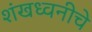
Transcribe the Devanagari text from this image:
शंखध्वनीचे